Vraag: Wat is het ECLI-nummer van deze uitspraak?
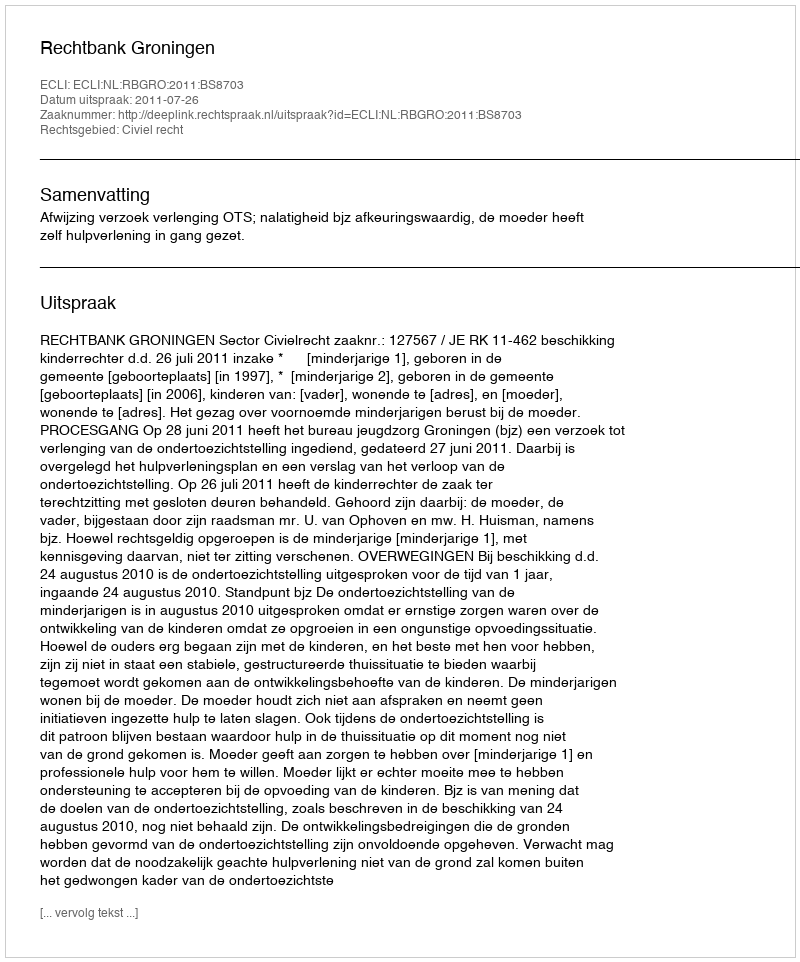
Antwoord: ECLI:NL:RBGRO:2011:BS8703